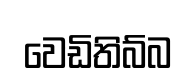
වෙඩිතිබ්බ